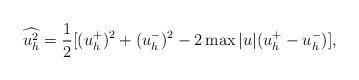
LaTeX: \begin{align*}\widehat{u_h^2} = \frac{1}{2}[(u_h^+)^2 + (u_h^-)^2 - 2\max|u| (u_h^+ - u_h^-)],\end{align*}